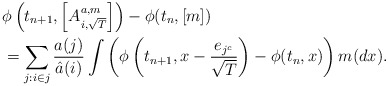
\begin{align*}&\phi \left(t_{n+1}, \left[A^{a,m}_{i,\sqrt{T}} \right]\right)-\phi(t_n, [m]) \\&= \sum_{j: i\in j} \frac{a(j)}{\hat a(i)} \int \left( \phi\left(t_{n+1}, x-\frac{e_{j^c}}{\sqrt T} \right)-\phi(t_n,x) \right) m(dx). \end{align*}